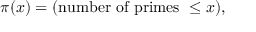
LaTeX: \pi ( x ) = ( { \mathrm { n u m b e r ~ o f ~ p r i m e s ~ } } \leq x ) ,